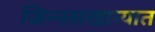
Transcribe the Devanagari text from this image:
जिन्नसखान्यात